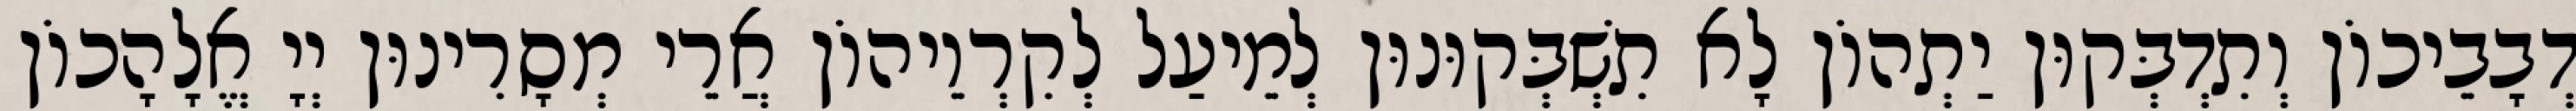
דְבָבֵיכוֹן וְתִדְבְּקוּן יַתְהוֹן לָא תִשְׁבְּקוּנוּן לְמֵיעַל לְקִרְוֵיהוֹן אֲרֵי מְסָרִינוּן יְיָ אֱלָהָכוֹן